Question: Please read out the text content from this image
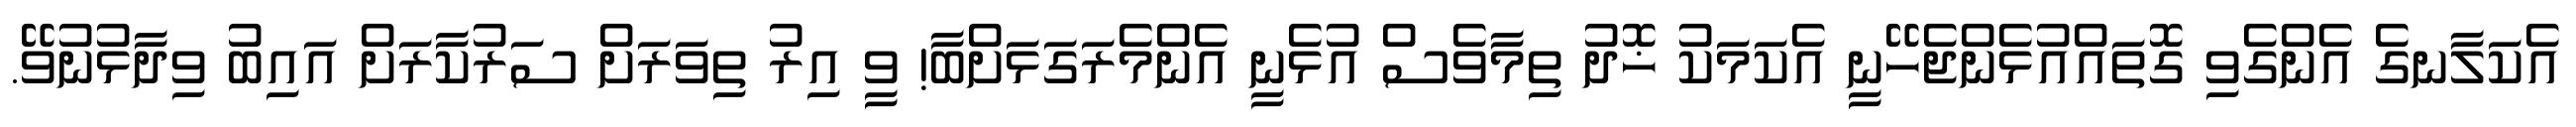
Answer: އެކަލާނގެ އެންގެވި ގޮތައްއުޅެންޖެހޭނީ އެކަމަކު ޚޮދު ތިމާވެސް އުޅެނީ އެންމެރަގަޅަށްބާ! ވީ އިރު ތިވަރަށް ސަރުކާރަށް އައިބު ވިދާޅުނުވޭ.